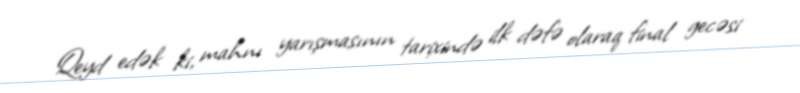
Qeyd edək ki, mahnı yarışmasının tarixində ilk dəfə olaraq final gecəsi